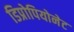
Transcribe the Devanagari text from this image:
डिप्रोपियोनेट